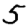
Digit: 5